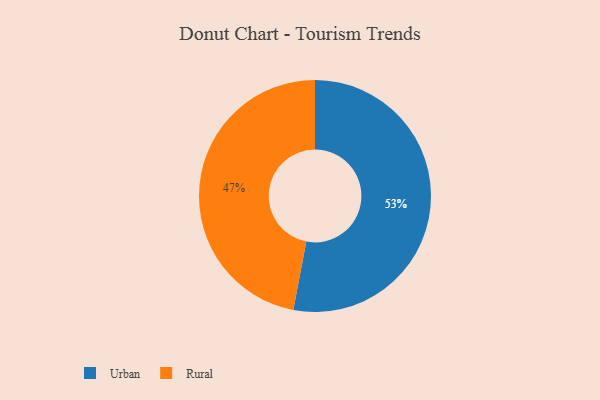
{"axis": {"x": "Category", "y": "Percentage"}, "legend": ["Rural", "Urban"], "data": [{"x": "Urban", "y": 53, "type": "Urban"}, {"x": "Rural", "y": 47, "type": "Rural"}]}